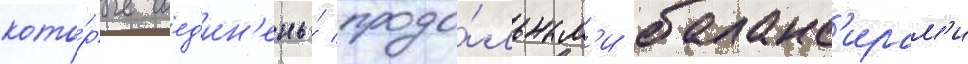
кото́рые соед'ин'ены́ продо́льным'и баланс'ирам'и